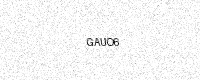
Text: GAUO6